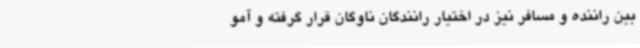
بین راننده و مسافر نیز در اختیار رانندگان ناوگان قرار گرفته و آمو